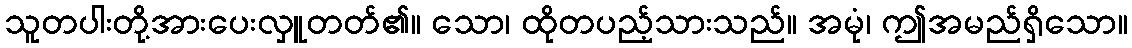
သူတပါးတို့အားပေးလှူတတ်၏။ သော၊ ထိုတပည့်သားသည်။ အမုံ၊ ဤအမည်ရှိသော။